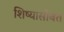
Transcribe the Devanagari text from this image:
शिष्यासोबत